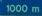
1000